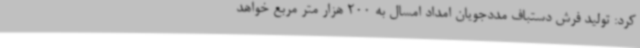
کرد: تولید فرش دستباف مددجویان امداد امسال به 200 هزار متر مربع خواهد